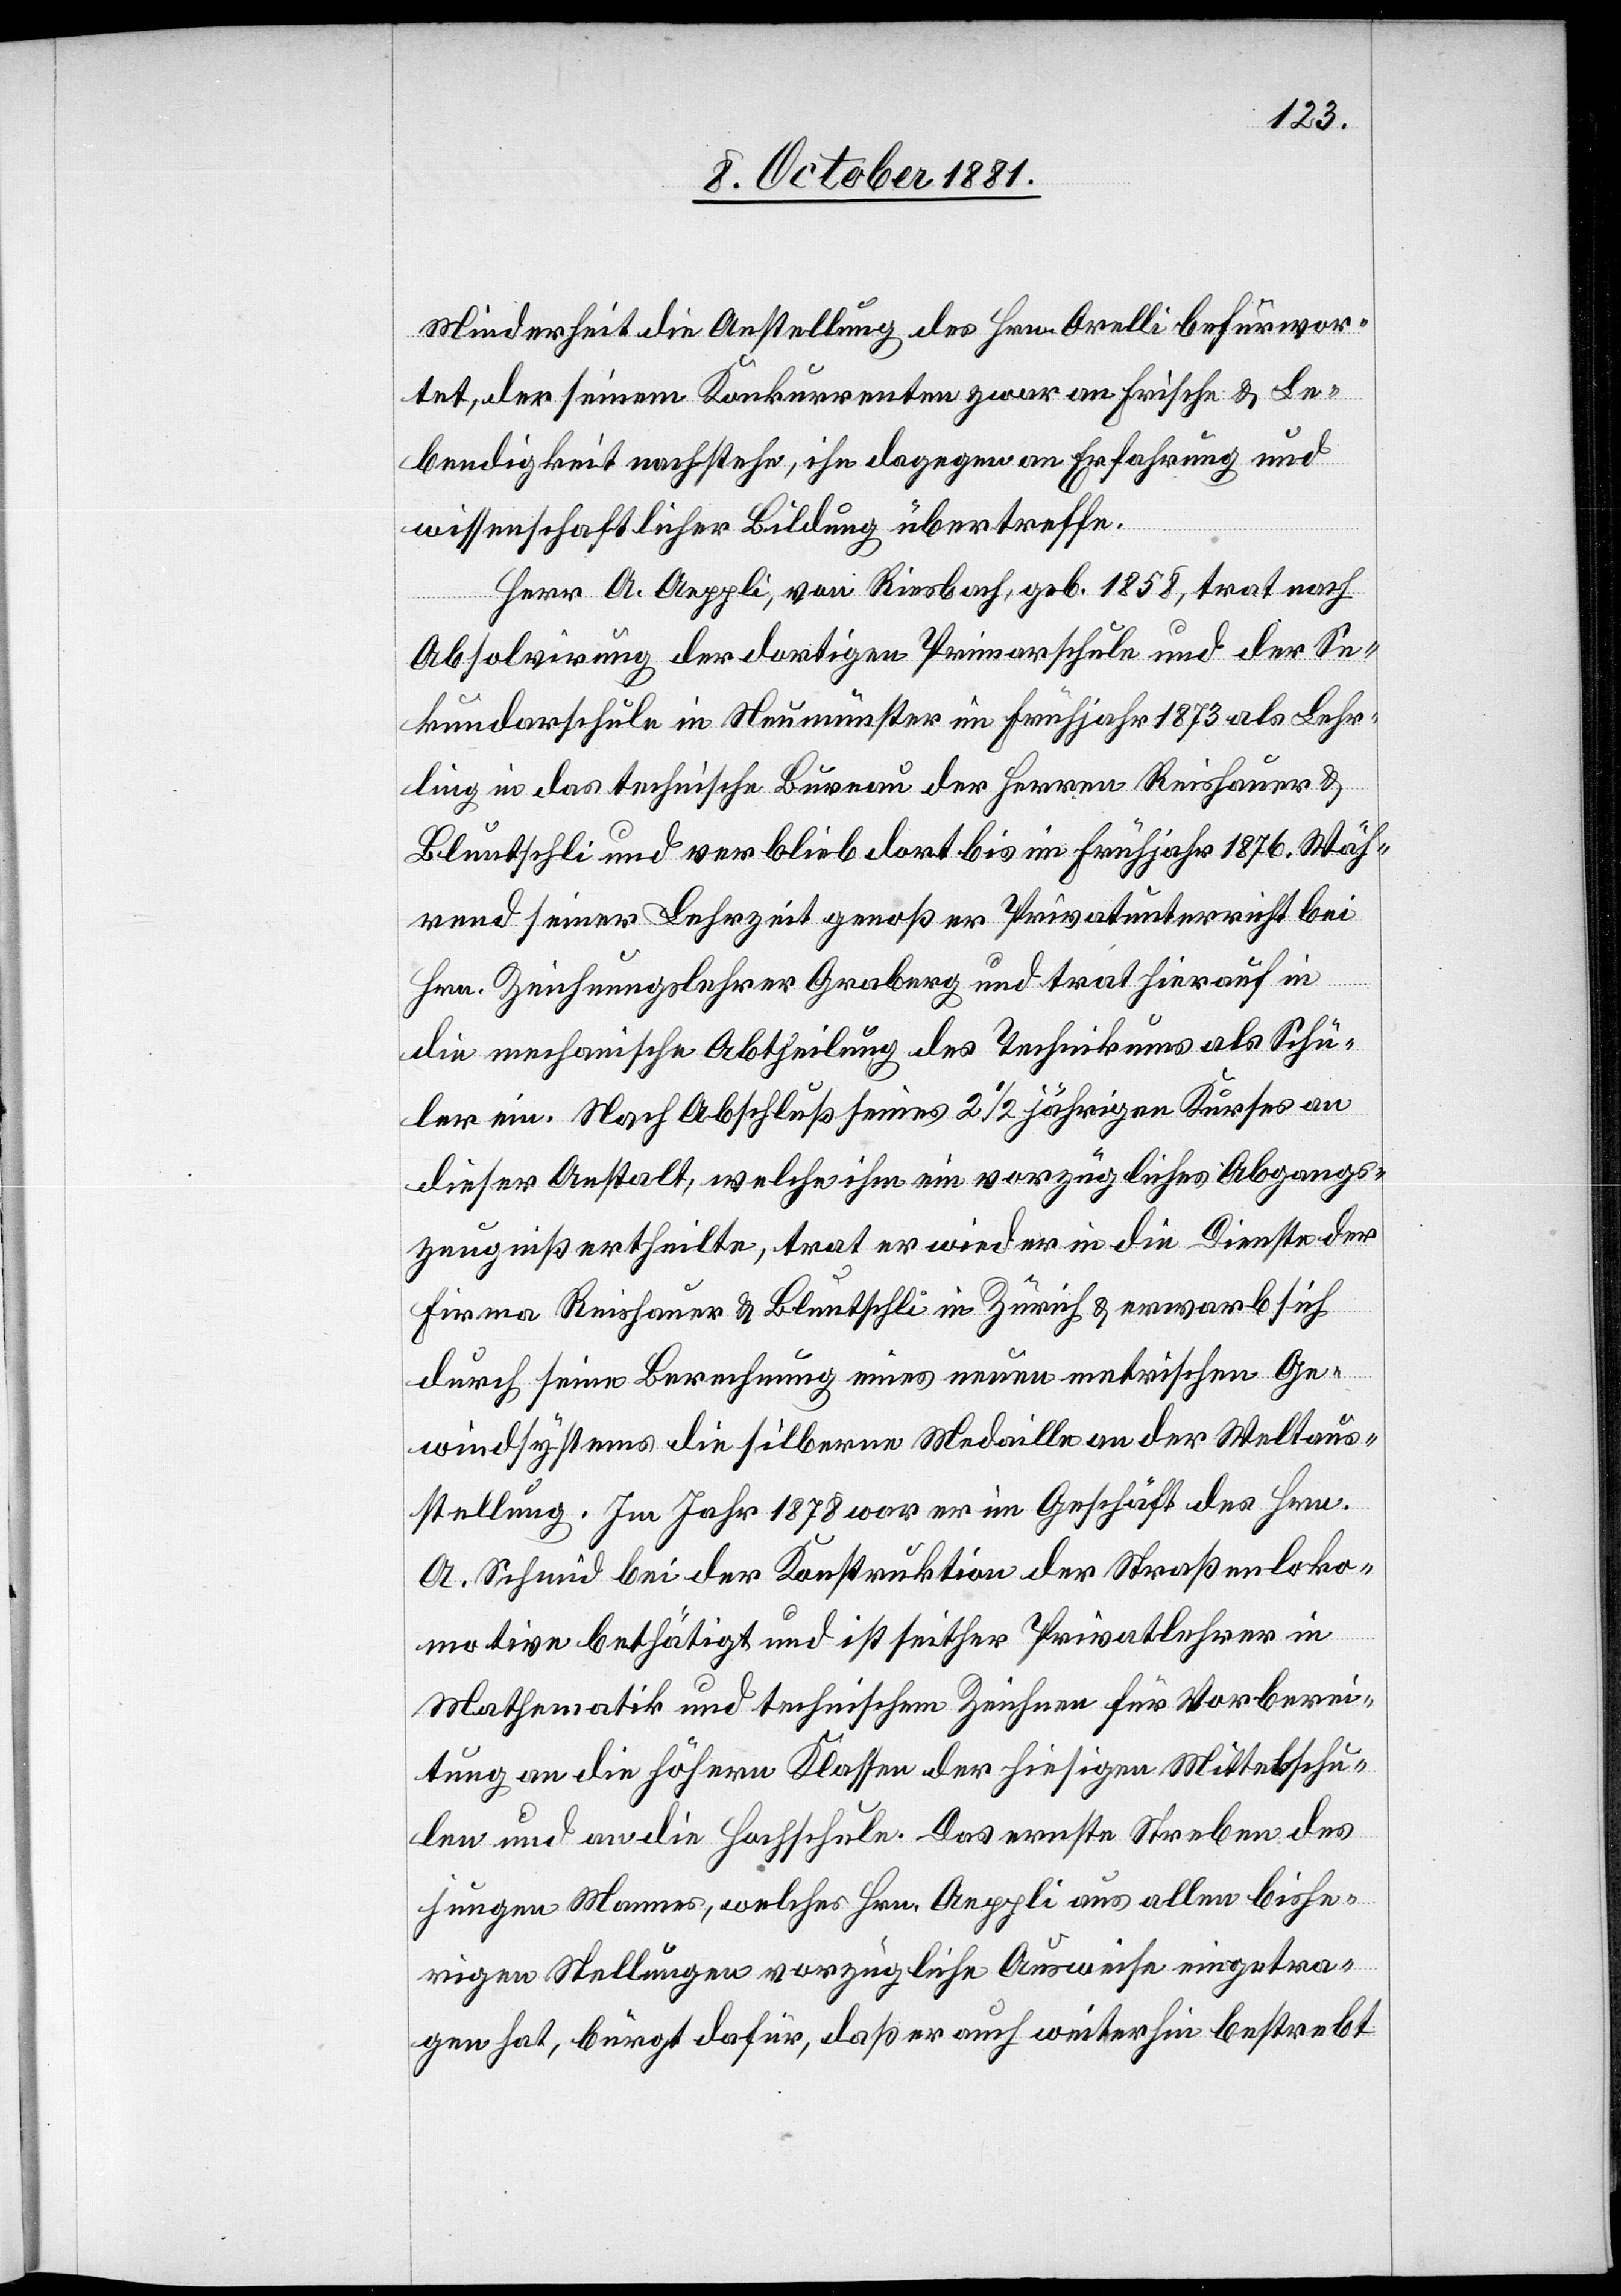
Minderheit die Anstellung des Herr Orelli befürwor¬
tet, der seinem Konkurrenten zwar an Frische & Le¬
bendigkeit nachstehe, ihn dagegen an Erfahrung und
wissenschaftlicher Bildung übertreffe.
Herr A. Aeppli, von Riesbach, geb. 1858, trat nach
Absolvirung der dortigen Primarschule und der Se¬
kundarschule in Neumünster im Frühjahr 1873 als Lehr¬
ling in das technische Bureau der Herren Reishauer &
Bluntschli und verblieb dort bis im Frühjahr 1876. Wäh¬
rend seiner Lehrzeit genoß er Privatunterricht bei
Hr. Zeichnungslehrer Graberg und trat hierauf in
die mechanische Abtheilung des Technikums als Schü¬
ler ein. Nach Abschluß seines 2 1/2 jährigen Kurses an
dieser Anstalt, welche ihm ein vorzügliches Abgangs¬
zeugniß ertheilte, trat er wieder in die Dienste der
Firma Reishauer & Bluntschli in Zürich & erwarb sich
durch seine Berechnung eines neuen metrischen Ge¬
windsystems die silberne Medaille an der Weltaus¬
stellung. Im Jahr 1878 war er im Geschäft des Hrn.
A. Schmid bei der Konstruktion der Straßenloko¬
motive bethätigt und ist seither Privatlehrer in
Mathematik und technischem Zeichnen für Vorberei¬
tung an die Höhere Klassen der hiesigen Mittelschu¬
len und an die Hochschule. Das ernste Streben des
jungen Mannes, welches Hrn. Aeppli aus allen bishe¬
rigen Stellungen vorzügliche Ausweise eingetra¬
gen hat, bürgt dafür, daß er auch weiterhin bestrebt